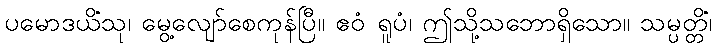
ပမောဒယိံသု၊ မွေ့လျော်စေကုန်ပြီ။ ဧဝံ ရူပံ၊ ဤသို့သဘောရှိသော။ သမ္ပတ္တိံ၊